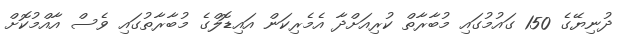
ދުނިޔޭގެ 150 ގައުމުގައި މުބާރާތް ކުރިއަށްދާ އެމެރިކަން އައިޑޮލްގެ މުބާރާތުގައި ވެސް އާއްމުކޮށް